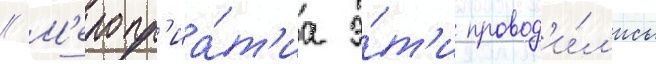
// М'еропр'иа́т'иа э́т'и провод'и́л'ись